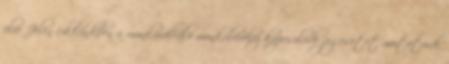
elve Jelen cikkünkben a munkavállaló munkabéréhez kapcsolódó jogesetet mutatunk